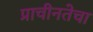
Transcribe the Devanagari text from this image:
प्राचीनतेचा